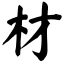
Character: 材